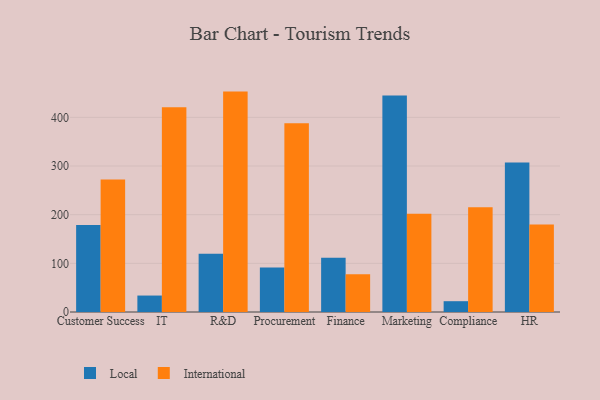
{"axis": {"x": "Department", "y": "Energy Usage (MWh)"}, "legend": ["International", "Local"], "data": [{"x": "Customer Success", "y": 178.7, "type": "Local"}, {"x": "Customer Success", "y": 272.5, "type": "International"}, {"x": "IT", "y": 33.8, "type": "Local"}, {"x": "IT", "y": 420.6, "type": "International"}, {"x": "R&D", "y": 119.5, "type": "Local"}, {"x": "R&D", "y": 452.9, "type": "International"}, {"x": "Procurement", "y": 91.6, "type": "Local"}, {"x": "Procurement", "y": 387.7, "type": "International"}, {"x": "Finance", "y": 111.7, "type": "Local"}, {"x": "Finance", "y": 77.4, "type": "International"}, {"x": "Marketing", "y": 444.9, "type": "Local"}, {"x": "Marketing", "y": 202.1, "type": "International"}, {"x": "Compliance", "y": 22.2, "type": "Local"}, {"x": "Compliance", "y": 215.5, "type": "International"}, {"x": "HR", "y": 307.1, "type": "Local"}, {"x": "HR", "y": 179.9, "type": "International"}]}